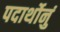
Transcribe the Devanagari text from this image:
पदार्थोनुं